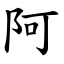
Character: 阿